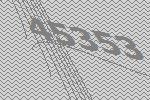
45353